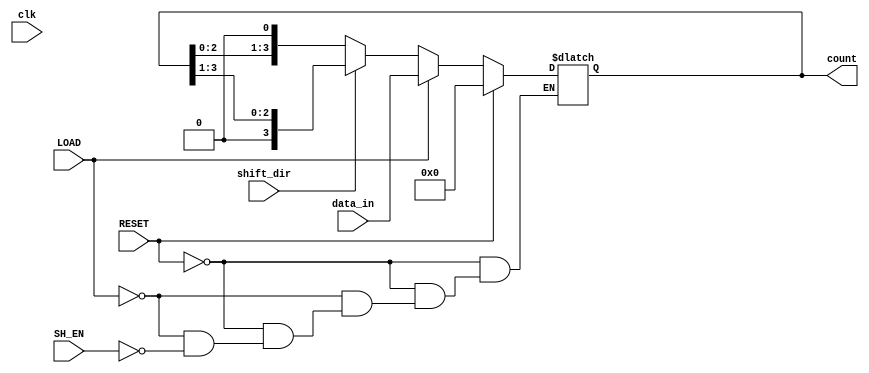
module async_shift_counter (
    input wire clk,
    input wire SH_EN,     // Shift Enable
    input wire LOAD,      // Load signal
    input wire RESET,     // Reset signal
    input wire [3:0] data_in, // Parallel load data
    input wire shift_dir, // Shift direction: 0 for left, 1 for right
    output reg [3:0] count // Current Count Output
);

    // Asynchronous Reset: 
    always @(*) begin
        if (RESET) begin
            count = 4'b0000; // Reset counter to 0
        end else if (LOAD) begin
            count = data_in;  // Load new data into counter
        end else if (SH_EN) begin
            if (shift_dir == 1'b0) begin
                // Shift left
                count = {count[2:0], 1'b0}; // Shift left and add 0 at LSB
            end else begin
                // Shift right
                count = {1'b0, count[3:1]}; // Shift right and add 0 at MSB
            end
        end
    end

endmodule